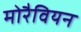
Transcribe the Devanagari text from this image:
मोरैवियन